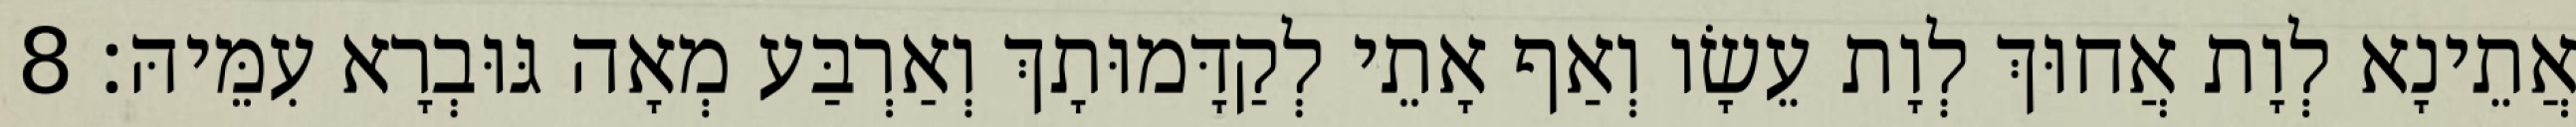
אֲתֵינָא לְוָת אֲחוּךְ לְוָת עֵשָׂו וְאַף אָתֵי לְקַדָּמוּתָךְ וְאַרְבַּע מְאָה גּוּבְרָא עִמֵּיהּ׃ 8